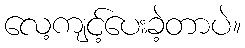
လေ့ကျင့်ပေးခဲ့တာပဲ။